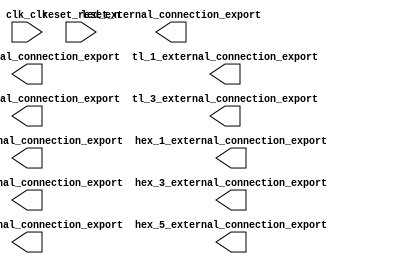

module traffic_light (
	clk_clk,
	hex_0_external_connection_export,
	hex_1_external_connection_export,
	hex_2_external_connection_export,
	hex_3_external_connection_export,
	hex_4_external_connection_export,
	hex_5_external_connection_export,
	led_external_connection_export,
	reset_reset_n,
	tl_0_external_connection_export,
	tl_1_external_connection_export,
	tl_2_external_connection_export,
	tl_3_external_connection_export);	

	input		clk_clk;
	output	[3:0]	hex_0_external_connection_export;
	output	[3:0]	hex_1_external_connection_export;
	output	[7:0]	hex_2_external_connection_export;
	output	[7:0]	hex_3_external_connection_export;
	output	[7:0]	hex_4_external_connection_export;
	output	[7:0]	hex_5_external_connection_export;
	output		led_external_connection_export;
	input		reset_reset_n;
	output	[2:0]	tl_0_external_connection_export;
	output	[2:0]	tl_1_external_connection_export;
	output	[2:0]	tl_2_external_connection_export;
	output	[2:0]	tl_3_external_connection_export;
endmodule